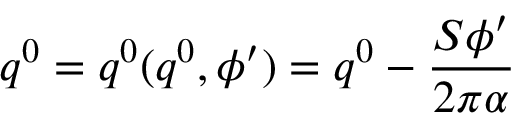
q ^ { 0 } = q ^ { 0 } ( q ^ { 0 } , \phi ^ { \prime } ) = q ^ { 0 } - \frac { S \phi ^ { \prime } } { 2 \pi \alpha }